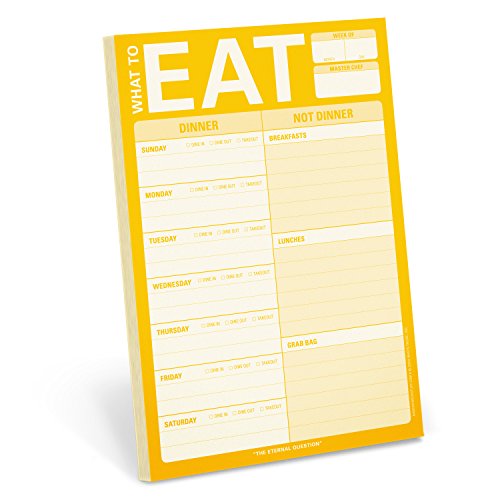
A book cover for Knock Knock What to Eat Pad; Knock Knock; Humor & Entertainment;